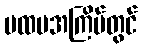
ပထမအကြိမ်တွင်